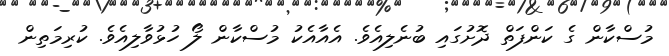
މުސްކާން ގެ ކަންފަތް ދޮށުގައި ބުނެލިއެވެ. އެއާއެކު މުސްކާން ލޯ ހުޅުވާލިއެވެ. ކުރިމަތިން